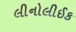
લીનોલીઈક